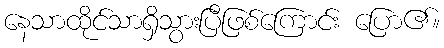
နေသာထိုင်သာရှိသွားပြီဖြစ်ကြောင်း ပြော၏။